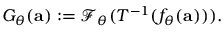
G _ { \theta } ( \mathbf { a } ) : = \mathcal { F } _ { \theta } ( T ^ { - 1 } ( f _ { \theta } ( \mathbf { a } ) ) ) .